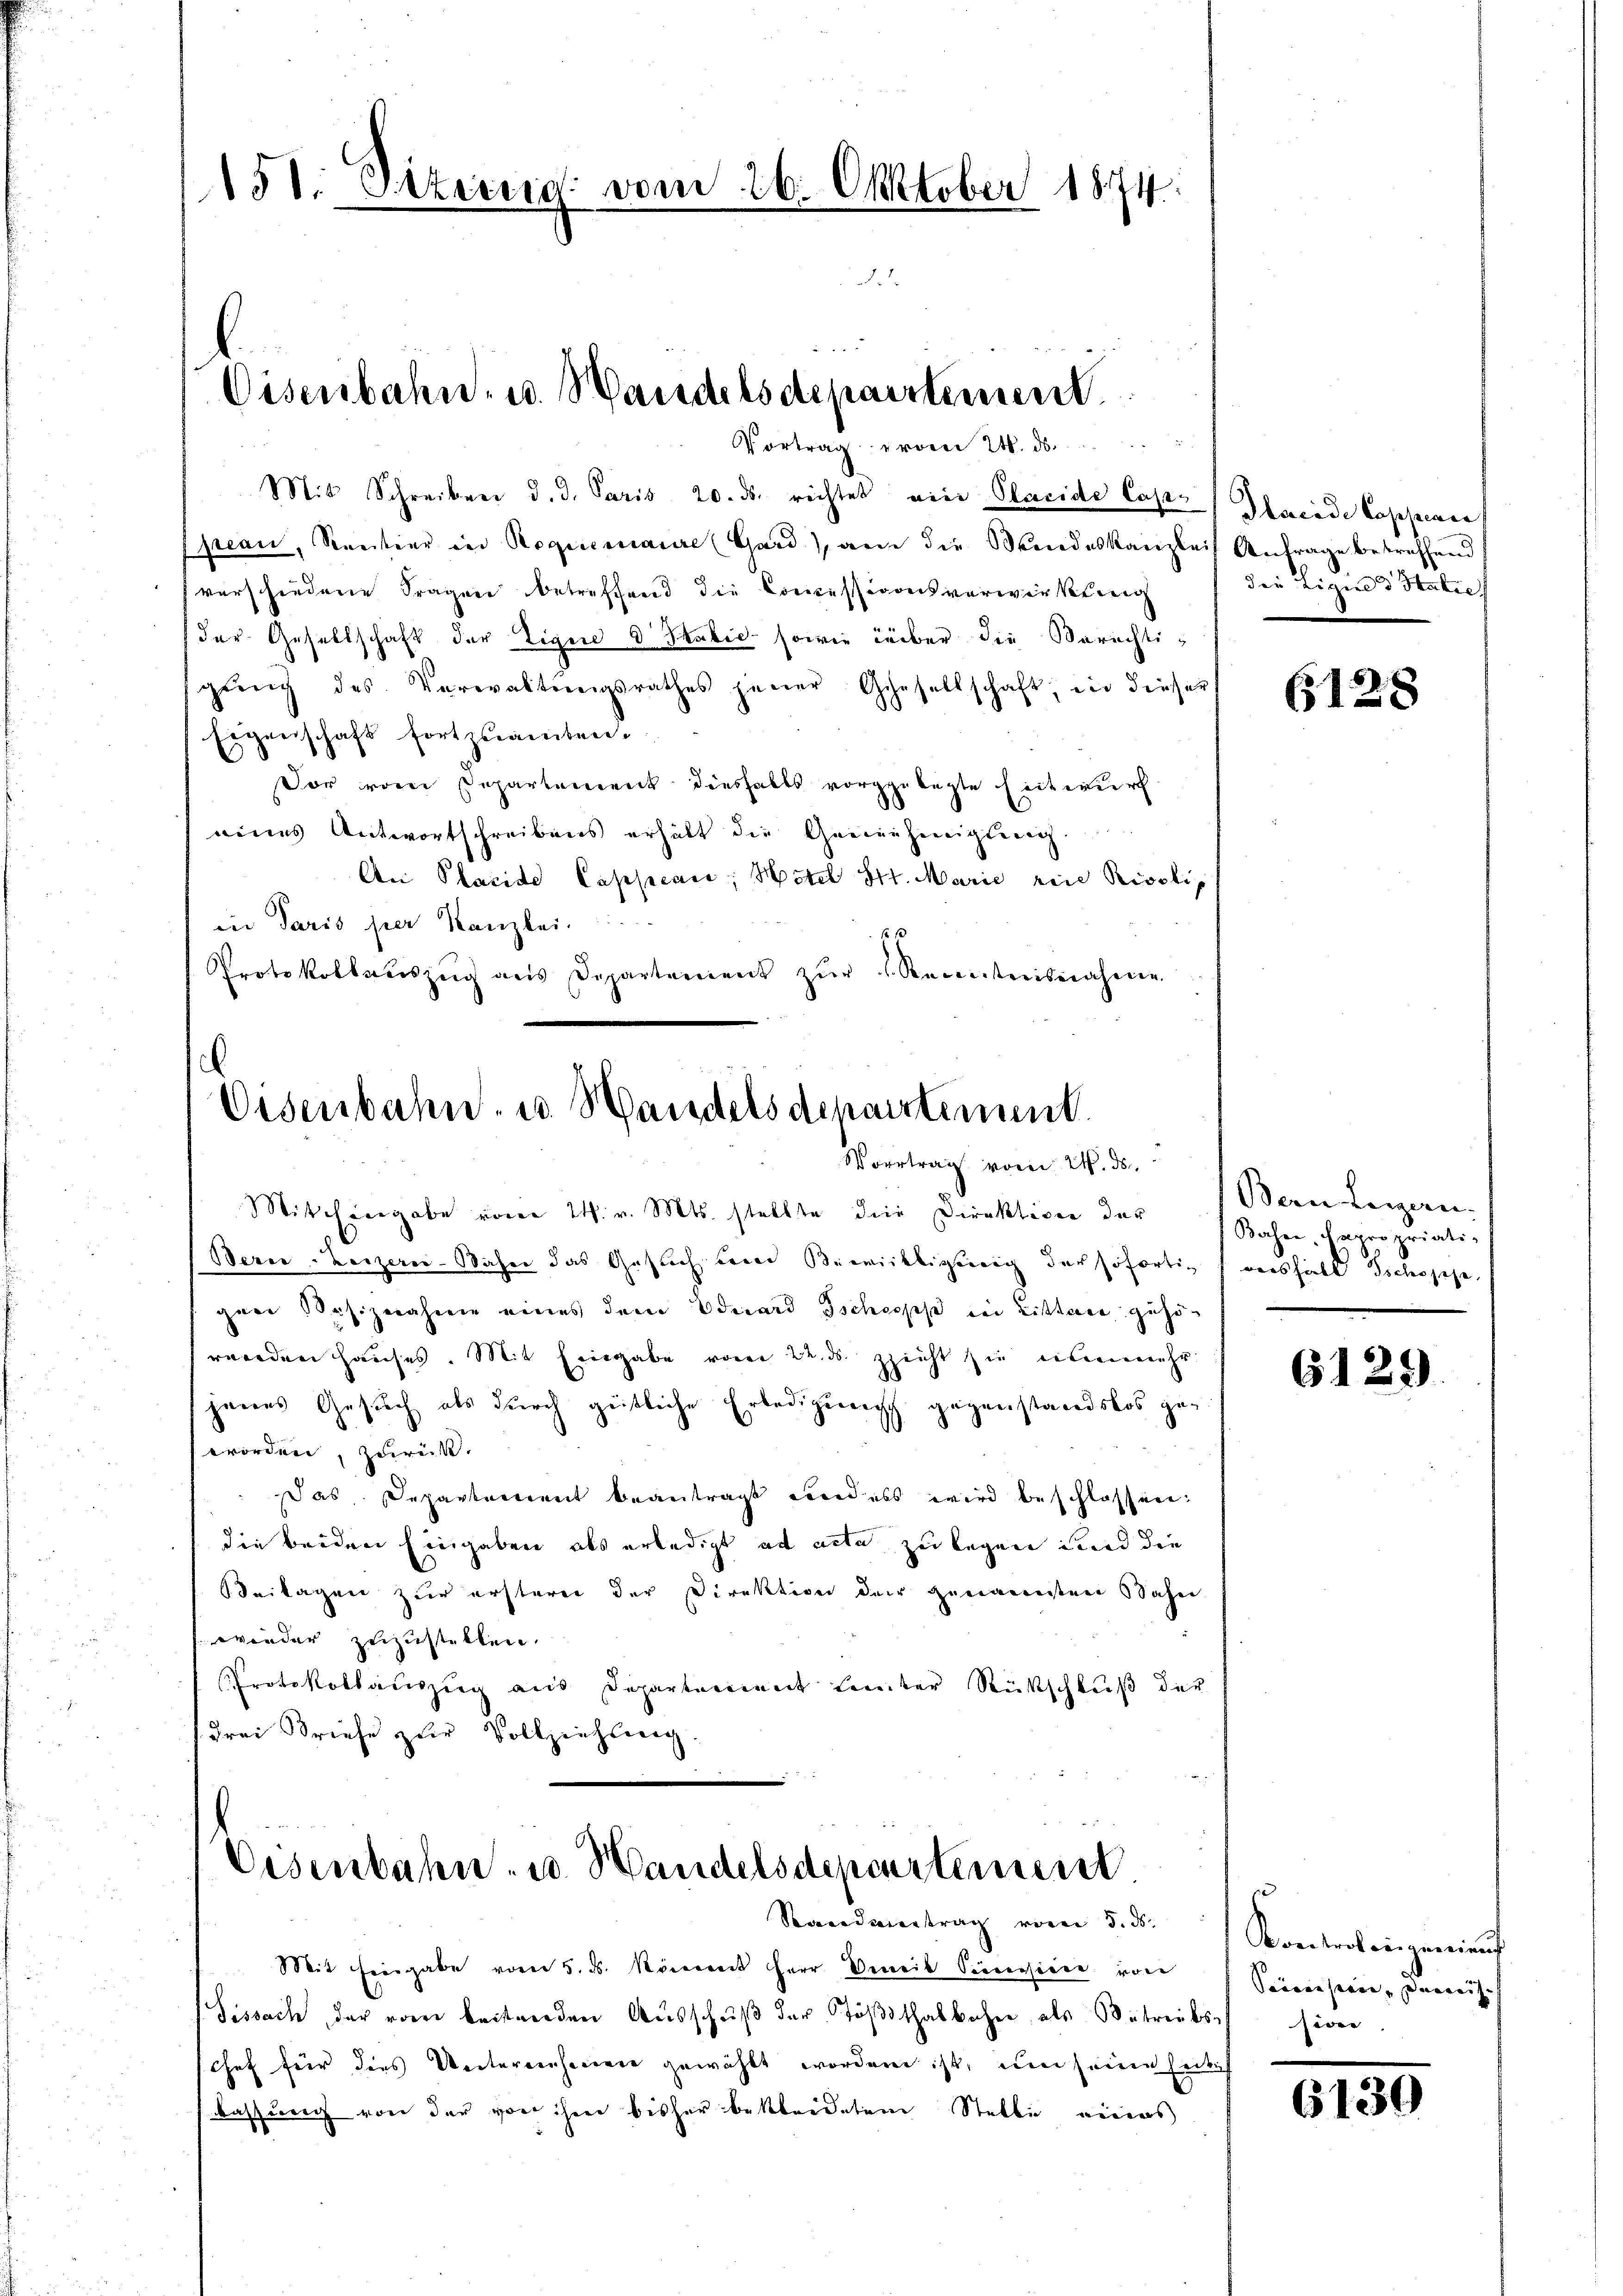
158. Sitzung vom 26. Oktober 1874.

5
Eisenbahn- u. Wandelsdepartement.
Vortrag vom 24. ds.

Mit Schreiben d. d. Paris 20. ds. richtet eine Placide Caplacide Caspare
jean, Rentier in Regimaure Gard), an die Mindeskanzlei Anfrage betreffend
verschiedene Fragen betreffend die Concessionsverwirkung
der Gesellschaft der Eigen d. Sabić sowie über die Berechtigŭng des Verwaltŭngsrathes jener Gesellschaft, in dieser
Eigenschaft fortzuamten.
dor vom Departement dieshalbs vorgelegte Zeit wur
eines Antwortschreibens erhält die Genienhinigteig.
An Placide Cappeace; Hotel Str. Marie rice Pissli
in Paris per Kanzlei.
s
Protokollauszug aus Departement zŭr s. Reinestreisnahme

e
Eisenbahn- u. Handelsdepartement.
Vortrag vom 24. ds.
Mitchiergabe vom 24. v. Mts. stellte die Direktiven der Sachen als-

Bern - Beizern Wacher das Gesich berer Bewilligung der sofortig aushalt Dichosese
gaer Besiznahme eines dem Eduard Ischiopp in Litten gehöwenden Hauses. Mit Eingabe vom 22. ds. zieht sie nunmehr.
janes Gesuch als durch geitliche Erledigung gegenstandslos geworden, zurück.
das Departement beantragt und ess wird beschlossen:
die beiden Eingaben als erledigt ad acta zu legen und die
eitagen zur ersteren der Direktion der Zungereiten Sahn
f wieder zuzustellen.
Protokollauszug aus Departement leiter Rückschluß der
drei Briefe zur Vollziehung

Eisenbahn u. Handelsdepartement.
Standertrag vom 5. d.

Mit hiergabe vom 5. ds. Römern Herr Beweil Seccessiere von
Sissach, der von beitenden Ausschuß der Tößthalbahne als Betriebst sie
Chef für dies Unternehmen gewählt worden ist, um seine hat
bassung von der vor ihm bisher bekleidetem Stelle eines

die Ligie d Statie

6128

Bern Leigern.

6129

Kontrolingenien
Seinen seien, dem ersch

6139